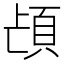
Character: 𮨁